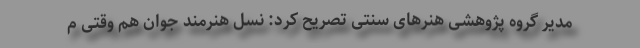
مدیر گروه پژوهشی هنرهای سنتی تصریح کرد: نسل هنرمند جوان هم وقتی م